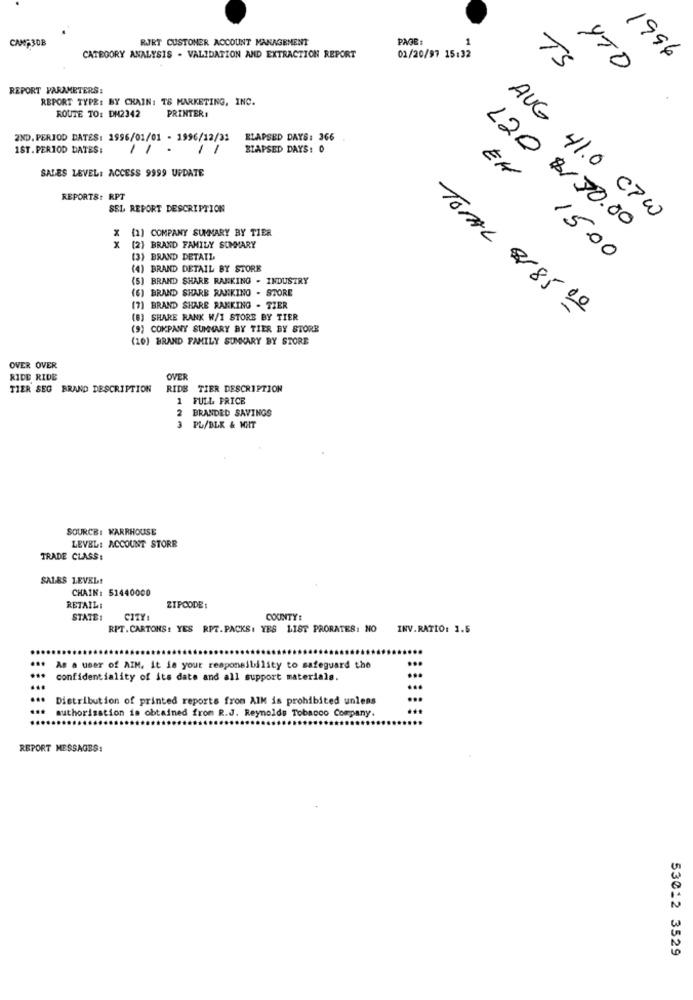
CAMP3DB
RAJRT CUSTOMER ACCOUNT MANAGEMENT
PAGE:
1
CATEGORY ANALYSIS . VALIDATION AND EXTRACTION REPORT
01/20/97 15:32
1996
TS
YTO
REPORT PARAMETERS:
REPORT TYPE: BY CHAIN: TS MARKETING, INC.
ROUTE TO: DN2342
PRINTER#
2ND, PERIOD DATES: 1996/01/01 - 1996/12/31
ELAPSED DAYS: 366
1ST.PERIOD DATES:
BLAPSED DAYS: 0
SALES LEVEL: ACCESS 9999 UPDATE
REPORTS: RPT
EN
SEL REPORT DESCRIPTION
AUG 41.0 CPW
(2) COMPANY SUMMARY BY TIER
120 $50.00
x
(2) BRAND FAMILY SUMMARY
(3) BRAND DETAIL
15.00
(4) BRAND DETAIL BY STORE
(5) BRAND SHARE RANKING . INDUSTRY
(6) BRAND SHARE RANKING . STORE
(7) BRAND SHARE RANKING - TZER
(8) SHARE RANK W/I STORE BY TIER
TOTAL 2/85 00
(9) COMPANY SUMMARY BY TIER BY STORE
(10) BRAND FAMILY SUMMARY BY STORE
OVER OVER
RIDE RIDE
OVER
TIER SEG BRAND DESCRIPTION
RIDE TIER DESCRIPTION
1
FULL PRICE
2
BRANDED SAVINGS
PL/BLK & MAT
SOURCE: WARRHOUSE
LEVEL: ACCOUNT STORE
TRADE CLASS:
SALES LEVEL!
CHAIN: 51440000
RETAIL:
ZIPCODE:
STATE :
CITY:
COUNTY:
RPT. CARTONS: YES RPT.PACKS: YES LIST PRORATES: NO
INV.RATIO: 1.5
...
...
...
As a user of AIM. It is your responsibility to safeguard the
...
confidentiality of its date and all support materials.
...
...
Distribution of printed reports from AIM is prohibited unless
...
...
authorisation is obtained from R.J. Reynolds Tobacco Company
...
REPORT MESSAGES:
53012 3529